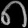
Digit: ၈